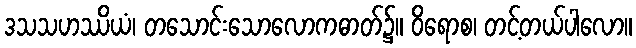
ဒသသဟဿိယံ၊ တသောင်းသောလောကဓာတ်၌။ ဝိရောစ၊ တင့်တယ်ပါလော။